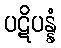
ပဋိပန္နံ